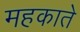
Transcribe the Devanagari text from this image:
महकाते